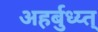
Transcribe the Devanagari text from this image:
अहर्बुध्य्त्